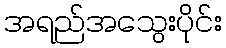
အရည်အသွေးပိုင်း